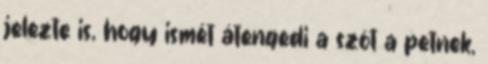
jelezte is, hogy ismét átengedi a szót a petnek,